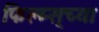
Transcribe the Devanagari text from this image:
फिल्म्स्‌च्या